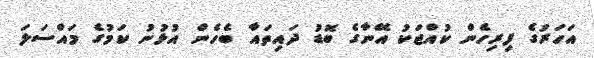
އަހަރުގެ ފިރިހެން ކުއްޖަކު އޭނާގެ ބޮޑު ދައިތައާ ބެހެން އުޅުނު ކަމުގެ މައްސަލަ